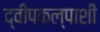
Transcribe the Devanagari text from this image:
द्वीपकल्पाशी